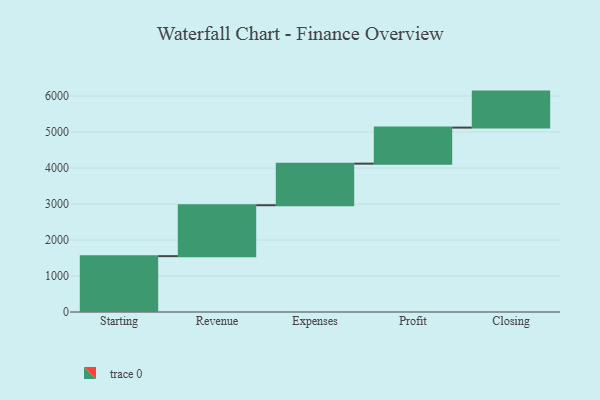
{"axis": {"x": "Step", "y": "Value"}, "legend": [""], "data": [{"x": "Starting", "y": 1552.0, "type": ""}, {"x": "Revenue", "y": 1415.0, "type": ""}, {"x": "Expenses", "y": 1155.0, "type": ""}, {"x": "Profit", "y": 1002.0, "type": ""}, {"x": "Closing", "y": 1000, "type": ""}]}